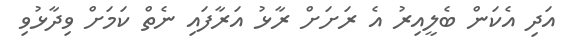
އަދި އެކަން ބެލީއިރު އެ ރަށަށް ރާޅު އަރާފައި ނެތް ކަމަށް ވިދާޅުވި